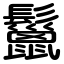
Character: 鬣